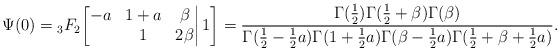
LaTeX: \begin{align*}\Psi(0)={}_3F_2\bigg[\begin{matrix}-a&1+a&\beta\\&1&2\beta\end{matrix}\bigg|\,1\bigg]=\frac{\Gamma(\frac12)\Gamma(\frac12+\beta)\Gamma(\beta)}{\Gamma(\frac12-\frac12a)\Gamma(1+\frac12a)\Gamma(\beta-\frac12a)\Gamma(\frac12+\beta+\frac12a)}.\end{align*}